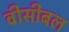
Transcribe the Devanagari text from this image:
वीसीबल